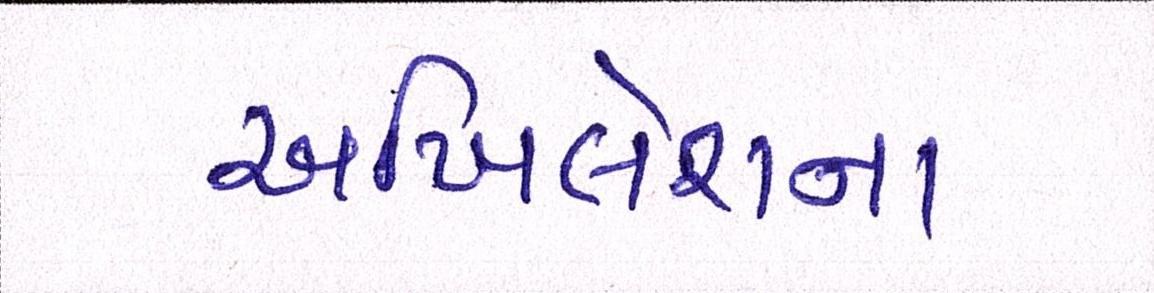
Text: અખિલેશના